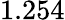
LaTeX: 1.254